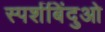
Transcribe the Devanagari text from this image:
स्पर्शबिंदुओ